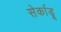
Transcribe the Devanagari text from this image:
सेर्काडू